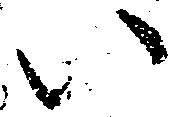
い